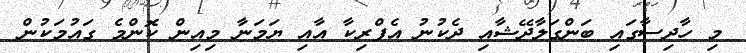
މި ހާދިސާގައި ބަންގަލާދޭޝާއި ދެކުނު އެފްރިކާ އާއި ޔަމަނާ މިއިން ކޮންމެ ގައުމަކުން